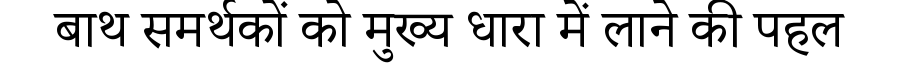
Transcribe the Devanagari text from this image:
बाथ समर्थकों को मुख्य धारा में लाने की पहल